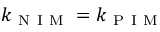
k _ { \mathrm { ~ N ~ I ~ M ~ } } = k _ { \mathrm { ~ P ~ I ~ M ~ } }